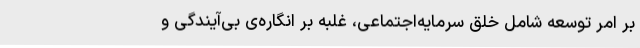
بر امر توسعه شامل خلق سرمایه‌اجتماعی، غلبه بر انگاره‌ی بی‌آیندگی و